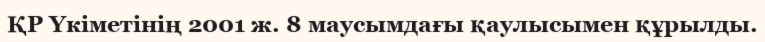
ҚР Үкіметінің 2001 ж. 8 маусымдағы қаулысымен құрылды.